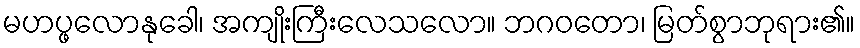
မဟပ္ဖလောနုခေါ၊ အကျိုးကြီးလေသလော။ ဘဂဝတော၊ မြတ်စွာဘုရား၏။